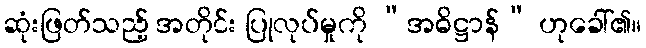
ဆုံးဖြတ်သည့် အတိုင်း ပြုလုပ်မှုကို “အဓိဋ္ဌာန်” ဟုခေါ်၏။